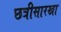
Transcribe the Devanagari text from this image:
छत्रीसारखा